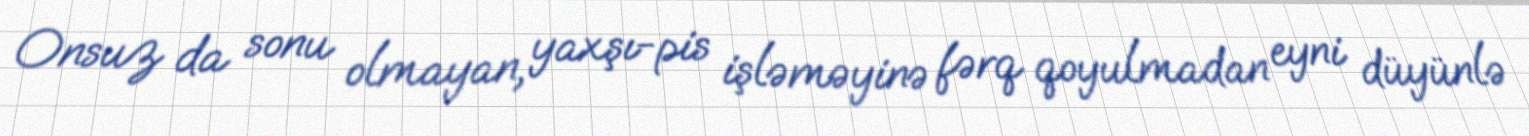
Onsuz da sonu olmayan, yaxşı-pis işləməyinə fərq qoyulmadan eyni düyünlə